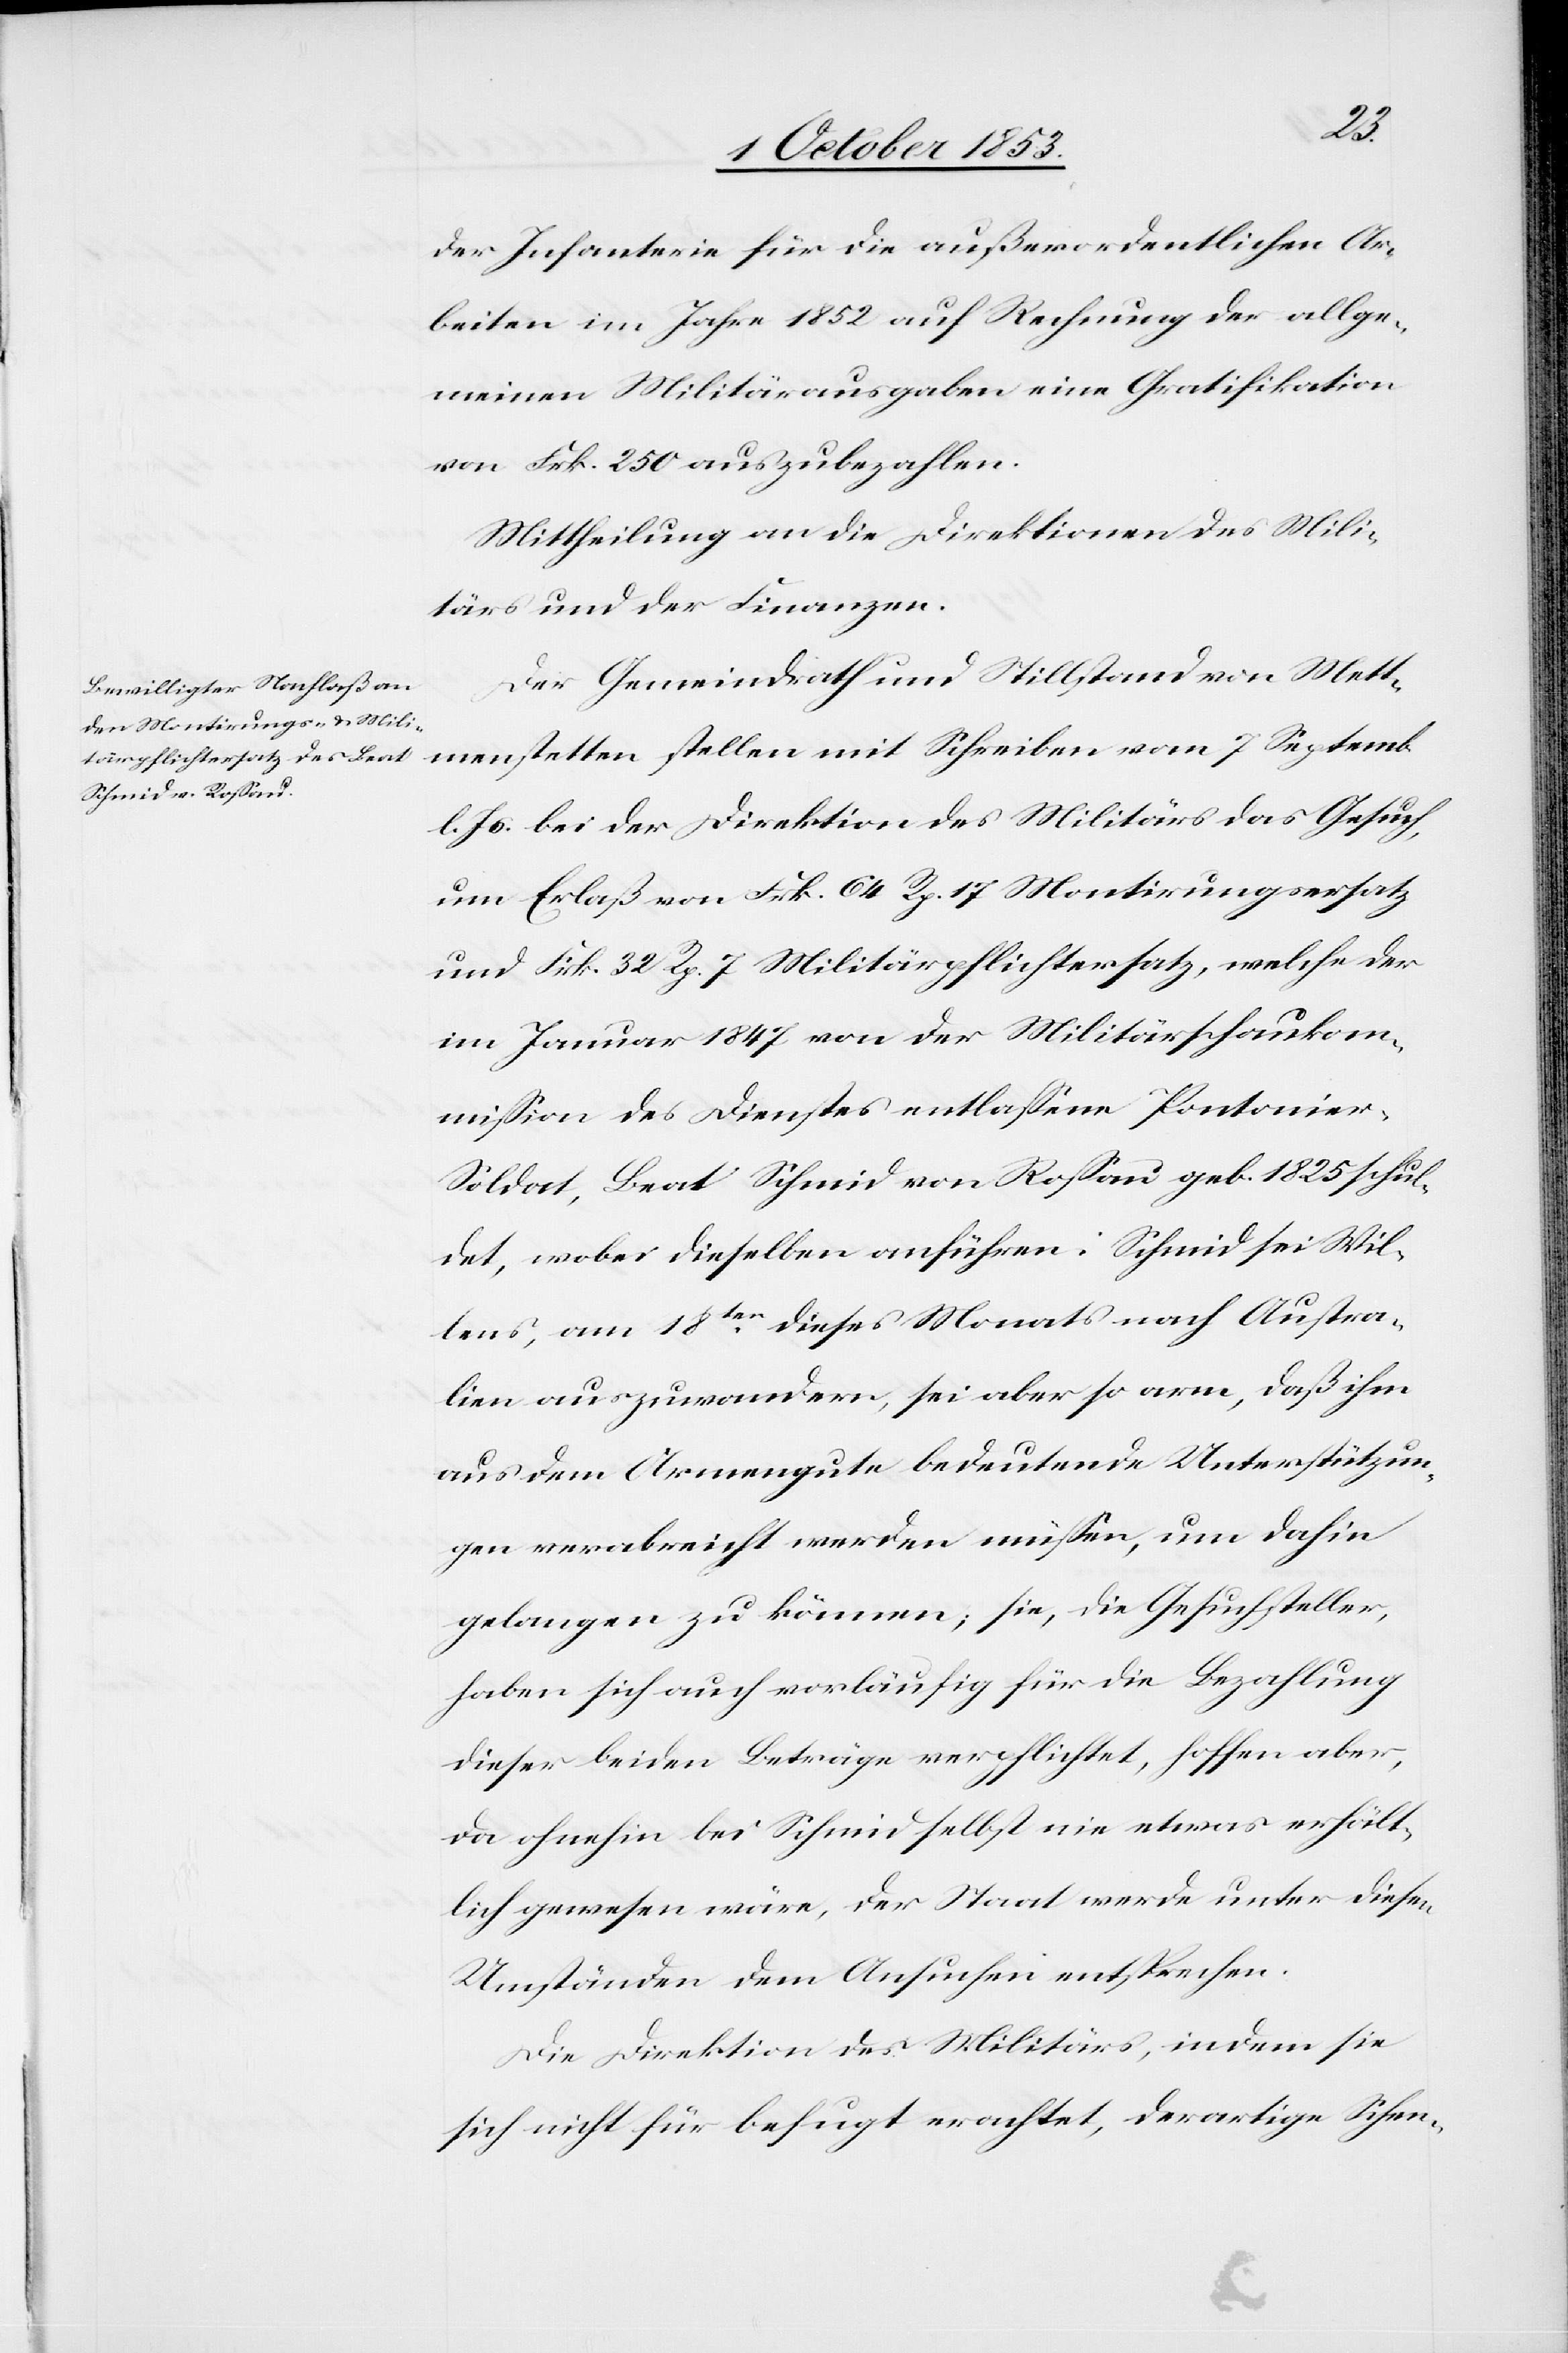
der Infanterie für die außerordentlichen Ar¬
beiten im Jahre 1852 auf Rechnung der allge¬
meinen Militärausgaben eine Gratifikation
von Frk. 250 auszubezahlen.
Mittheilung an die Direktion des Mili¬
tärs und der Finanzen.
Der Gemeindrath und Stillstand von Mett¬
menstetten stellen mit Schreiben vom 7 Septemb.
l. Js. bei der Direktion des Militärs das Gesuch,
um Erlaß von Frk. 64 Rp. 17 Montirungsersatz
und Frk. 32 Rp. 7 Militärpflichtersatz, welche der
im Januar 1847 von der Militärschaukom¬
mission des Dienstes entlaßene Pontonie¬
r-Soldat, Beat Schmid von Roßau geb. 1825 schul¬
det, wobei dieselben anführen: Schmid sei Wil¬
lens, am 18ten. dieses Monats nach Austra¬
lien auszuwandern, sei aber so arm, daß ihm
aus dem Armengute bedeutende Unterstützun¬
gen verabreicht werden müßen, um dahin
gelangen zu können; sie, die Gesuchsteller,
haben sich auch vorläufig für die Bezahlung
dieser beiden Beiträge verpflichtet, hoffen aber,
da ohnehin bei Schmid selbst nie etwas erhält¬
lich gewesen wäre, der Staat werde unter diesen
Umständen dem Ansuchen entsprechen.
Die Direktion des Militärs, indem sie
sich nicht für befugt erachtet, derartige Schen-